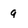
Character: 9